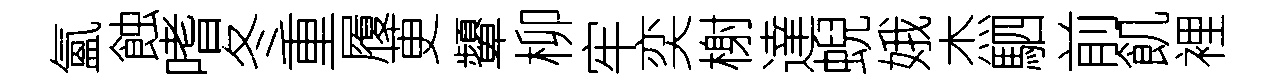
氳蝕嗜冬重履茰顰柳牢奕榭達蜺娥杰駟前飢裡